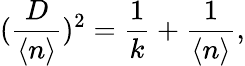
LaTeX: (\frac{D}{\langle n\rangle})^{2}=\frac{1}{k}+\frac{1}{\langle n\rangle},